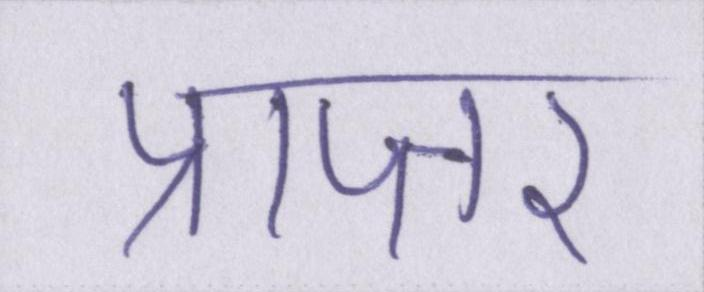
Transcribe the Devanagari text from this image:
प्राप्तर